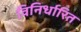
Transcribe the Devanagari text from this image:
विनिर्धारित